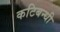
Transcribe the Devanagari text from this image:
कटिबन्धी